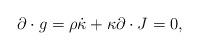
LaTeX: \begin{align*}\partial \cdot g = \rho \dot{\kappa} + \kappa\partial\cdot J = 0 ,\end{align*}